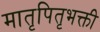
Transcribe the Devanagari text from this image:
मातृपितृभक्ती